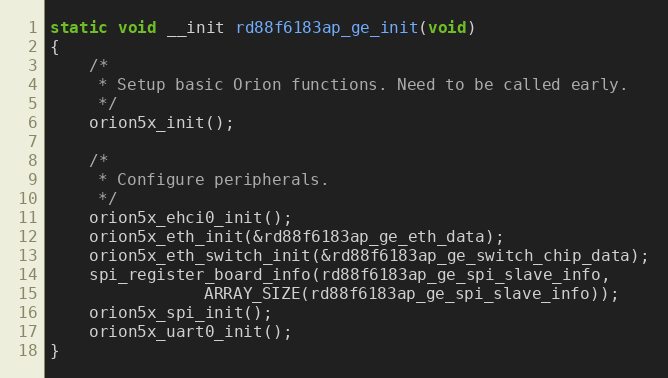
Language: C
static void __init rd88f6183ap_ge_init(void)
{
	/*
	 * Setup basic Orion functions. Need to be called early.
	 */
	orion5x_init();

	/*
	 * Configure peripherals.
	 */
	orion5x_ehci0_init();
	orion5x_eth_init(&rd88f6183ap_ge_eth_data);
	orion5x_eth_switch_init(&rd88f6183ap_ge_switch_chip_data);
	spi_register_board_info(rd88f6183ap_ge_spi_slave_info,
				ARRAY_SIZE(rd88f6183ap_ge_spi_slave_info));
	orion5x_spi_init();
	orion5x_uart0_init();
}